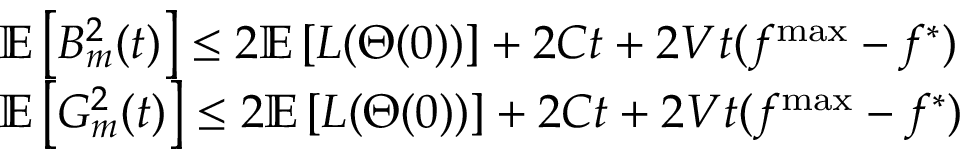
\begin{array} { r l } & { \mathbb { E } \left[ B _ { m } ^ { 2 } ( t ) \right] \leq 2 \mathbb { E } \left[ L ( \Theta ( 0 ) ) \right] + 2 C t + 2 V t ( f ^ { \operatorname* { m a x } } - f ^ { * } ) } \\ & { \mathbb { E } \left[ G _ { m } ^ { 2 } ( t ) \right] \leq 2 \mathbb { E } \left[ L ( \Theta ( 0 ) ) \right] + 2 C t + 2 V t ( f ^ { \operatorname* { m a x } } - f ^ { * } ) } \end{array}